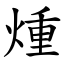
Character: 煄